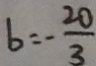
b = - \frac { 2 0 } { 3 }